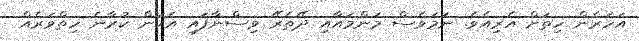
އަހަރެން ހިތަށް އެރިއެވެ. ނަމަވެސް މަންމައާއި ދޭތެރޭ ވިސްނާފައި އެކަން ކުރާނެ ހިތްވަރެއް